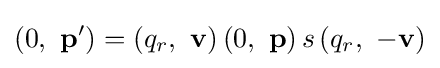
\left(0,\ \mathbf {p} '\right)=\left(q_{r},\ \mathbf {v} \right)\left(0,\ \mathbf {p} \right)s\left(q_{r},\ -\mathbf {v} \right)